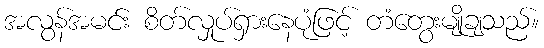
အလွန်အမင်း စိတ်လှုပ်ရှားနေပုံဖြင့် တံတွေးမျိုချသည်။